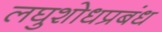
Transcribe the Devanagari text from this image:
लघुशोधप्रबंध